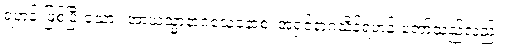
ရဟန်းဖြစ်ပြီးသော။ အာယသ္မာနာဂသေနောစ၊ အရှင်နာဂသိန်ရဟန်းတော်သည်လည်း။